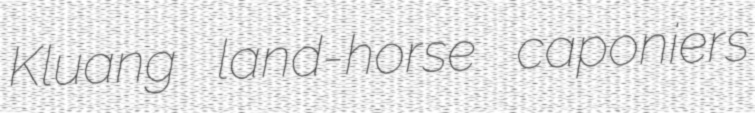
Kluang land-horse caponiers